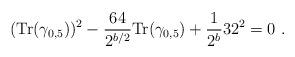
LaTeX: \begin{align*}({\mbox {Tr}} (\gamma_{0,5}))^2 - {64 \over 2^{b/2}} {\mbox {Tr}} (\gamma_{0,5}) + {1\over 2^b} 32^2 = 0 ~.\end{align*}